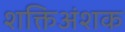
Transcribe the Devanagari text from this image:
शक्तिअंशक